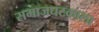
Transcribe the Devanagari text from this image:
समाजघटकाला